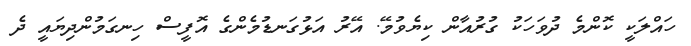
ހައްލަކީ ކޮންމެ ދުވަހަކު ގުރުއާން ކިޔެވުމޭ. އޭރު އަޅުގަނޑުމެންގެ އޮފީސް ހިނގަމުންދިޔައީ ދެ